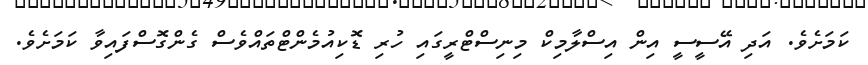
ކަމަށެވެ. އަދި އޭސީސީ އިން އިސްލާމިކް މިނިސްޓްރީގައި ހުރި ޑޮކިއުމެންޓްތައްވެސް ގެންގޮސްފައިވާ ކަމަށެވެ.